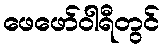
ဖေဖော်ဝါရီတွင်